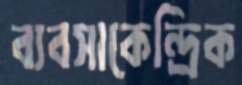
ব্যবসাকেন্দ্রিক